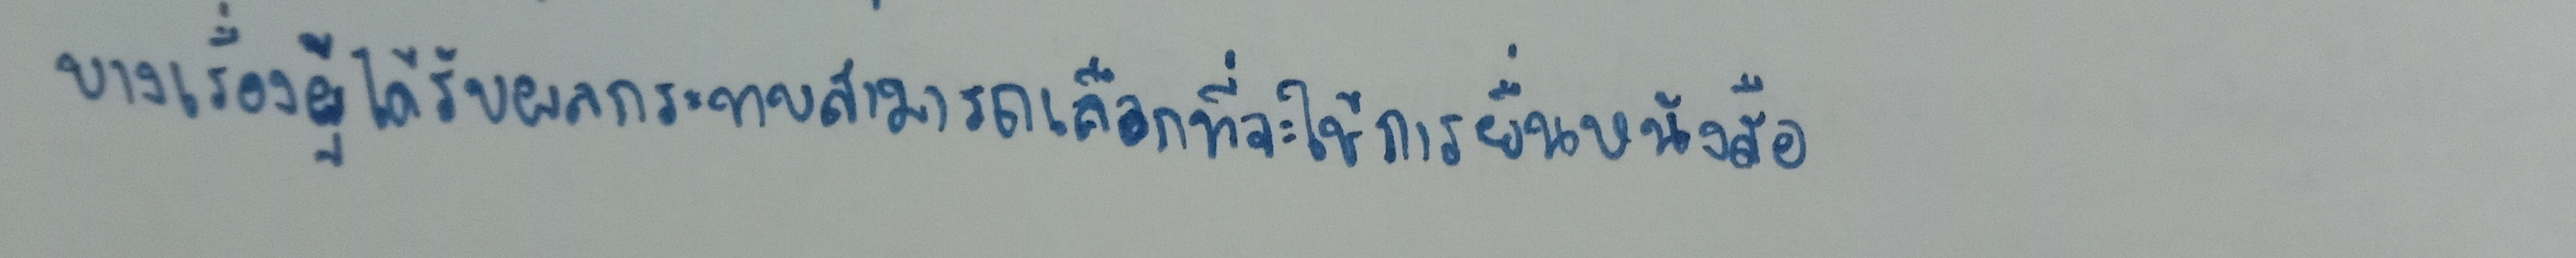
บางเรื่องผู้ได้รับผลกระทบสามารถเลือกที่จะใช้การยื่นหนังสือ